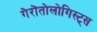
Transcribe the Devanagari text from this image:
गेरोंतोलोगिस्ट्स